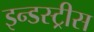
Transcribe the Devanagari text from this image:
इन्डस्ट्रीस